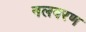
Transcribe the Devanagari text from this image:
नलवरण